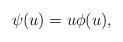
LaTeX: \begin{align*} \psi (u) = u\phi(u),\end{align*}